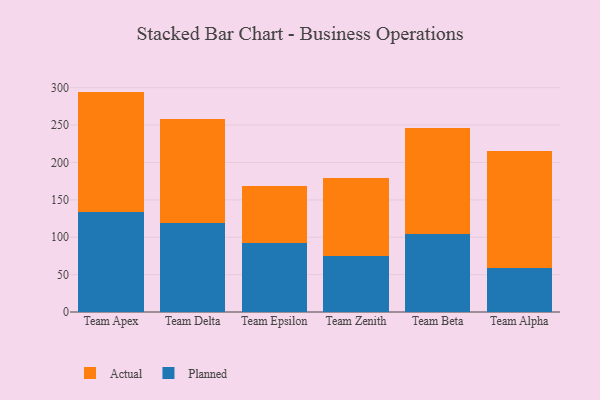
{"axis": {"x": "Team", "y": "Satisfaction Score"}, "legend": ["Actual", "Planned"], "data": [{"x": "Team Apex", "y": 133.8, "type": "Planned"}, {"x": "Team Apex", "y": 161.0, "type": "Actual"}, {"x": "Team Delta", "y": 119.2, "type": "Planned"}, {"x": "Team Delta", "y": 138.4, "type": "Actual"}, {"x": "Team Epsilon", "y": 92.3, "type": "Planned"}, {"x": "Team Epsilon", "y": 75.7, "type": "Actual"}, {"x": "Team Zenith", "y": 75.2, "type": "Planned"}, {"x": "Team Zenith", "y": 104.5, "type": "Actual"}, {"x": "Team Beta", "y": 104.3, "type": "Planned"}, {"x": "Team Beta", "y": 142.0, "type": "Actual"}, {"x": "Team Alpha", "y": 58.3, "type": "Planned"}, {"x": "Team Alpha", "y": 157.4, "type": "Actual"}]}